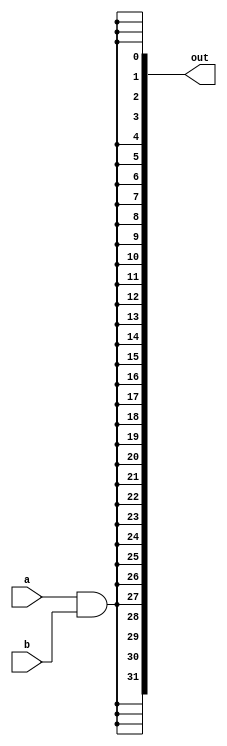
module and32sb(out,a,b);
input a;
input b;
output [31:0] out;

and ad01(out[0],a,b);
and ad02(out[1],a,b);
and ad03(out[2],a,b);
and ad04(out[3],a,b);
and ad05(out[4],a,b);
and ad06(out[5],a,b);
and ad07(out[6],a,b);
and ad08(out[7],a,b);
and ad09(out[8],a,b);
and ad010(out[9],a,b);
and ad011(out[10],a,b);
and ad012(out[11],a,b);
and ad013(out[12],a,b);
and ad014(out[13],a,b);
and ad015(out[14],a,b);
and ad016(out[15],a,b);
and ad017(out[16],a,b);
and ad018(out[17],a,b);
and ad019(out[18],a,b);
and ad020(out[19],a,b);
and ad021(out[20],a,b);
and ad022(out[21],a,b);
and ad023(out[22],a,b);
and ad024(out[23],a,b);
and ad025(out[24],a,b);
and ad026(out[25],a,b);
and ad027(out[26],a,b);
and ad028(out[27],a,b);
and ad029(out[28],a,b);
and ad030(out[29],a,b);
and ad031(out[30],a,b);
and ad032(out[31],a,b);

endmodule